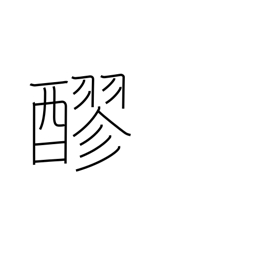
Meaning: unrefined sake or shoyu